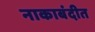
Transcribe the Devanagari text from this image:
नाकाबंदीत